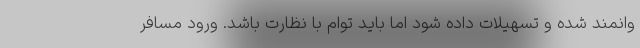
وانمند شده و تسهیلات داده شود اما باید توام با نظارت باشد. ورود مسافر